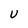
Character: U